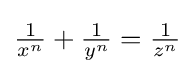
{\tfrac {1}{x^{n}}}+{\tfrac {1}{y^{n}}}={\tfrac {1}{z^{n}}}